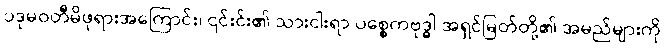
ပဒုမဝတီမိဖုရားအကြောင်း၊ ၎င်းင်း၏ သားငါးရာ ပစ္စေကဗုဒ္ဓါ အရှင်မြတ်တို့၏ အမည်များကို